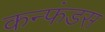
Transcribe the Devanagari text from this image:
कन्फंडस